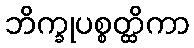
ဘိက္ခုပစ္စတ္ထိကာ